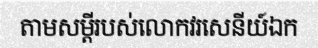
តាមសម្តីរបស់លោកវរសេនីយ៍ឯក